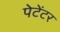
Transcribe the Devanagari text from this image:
पेटेंटर